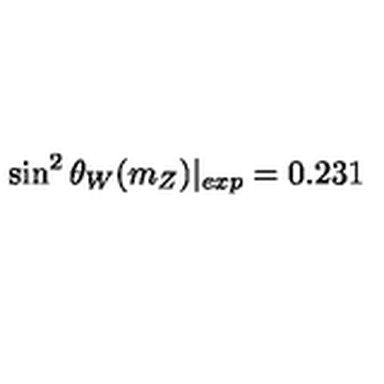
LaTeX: \sin ^ { 2 } \theta _ { W } ( m _ { Z } ) | _ { e x p } = 0 . 2 3 1